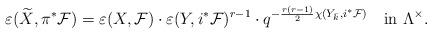
LaTeX: \begin{align*}\varepsilon(\widetilde{X},\pi^\ast \mathcal F)=\varepsilon(X,\mathcal F)\cdot \varepsilon(Y,i^\ast\mathcal F)^{r-1}\cdot q^{-\frac{r(r-1)}{2}\chi(Y_{\bar k},i^\ast\mathcal F)} \quad{\rm in}~\Lambda^\times.\end{align*}